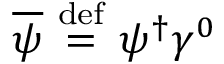
{ \overline { { \psi } } } \ { \stackrel { \mathrm { d e f } } { = } } \ \psi ^ { \dagger } \gamma ^ { 0 }